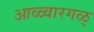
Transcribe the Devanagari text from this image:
आळ्वारगळ्